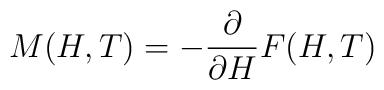
M(H,T)=-\frac{\partial}{\partial H} F(H,T)